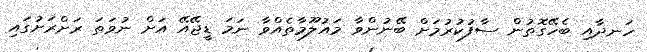
ހަނދާއި ބެހޭގޮތުން ސާފުކުރުމަށް ބޭނުންވާ މައުލޫމާތެއްވާ ނަމަ ޑީޖޭއޭ އަށް ނުވަތަ ރަށްރަށުގައި